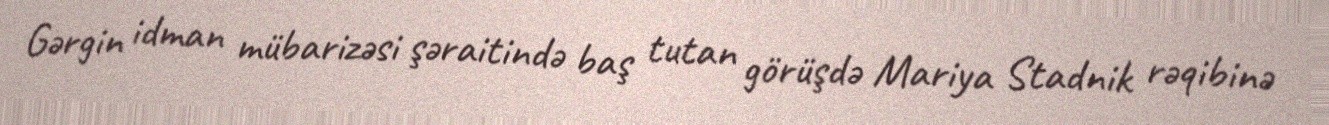
Gərgin idman mübarizəsi şəraitində baş tutan görüşdə Mariya Stadnik rəqibinə